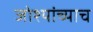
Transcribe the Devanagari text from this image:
जोश्यांच्याच